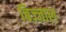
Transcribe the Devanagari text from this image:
बिज्जाल